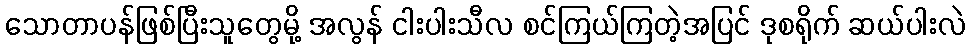
သောတာပန်ဖြစ်ပြီးသူတွေမို့ အလွန် ငါးပါးသီလ စင်ကြယ်ကြတဲ့အပြင် ဒုစရိုက် ဆယ်ပါးလဲ